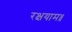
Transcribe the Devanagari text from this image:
रक्षयाम॥